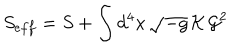
S _ { e f f } = S + \int d ^ { 4 } x \, \sqrt { - g } \, { \cal K } \, { \cal G } ^ { 2 }